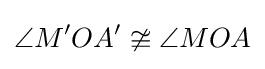
{\angle M'OA'\ncong \angle MOA}